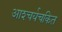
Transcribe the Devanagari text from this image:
आश्‍चर्यचकित